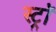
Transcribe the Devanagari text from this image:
स्ट्राॅ